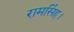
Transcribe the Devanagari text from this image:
रामसिंह।